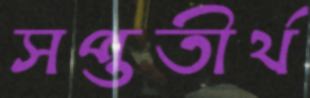
সপ্ততীর্থ